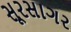
સૂરસાગર